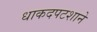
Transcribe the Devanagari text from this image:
धाकदपटशाने